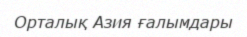
Орталық Азия ғалымдары